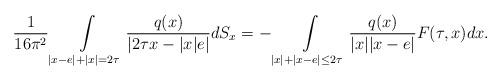
LaTeX: \begin{align*}\begin{aligned}\frac{1}{16\pi^{2}}\int\limits_{|x-e|+|x|=2\tau}\frac{q(x)}{|2\tau x-|x|e| }dS_{x}=-\int\limits_{|x|+|x-e|\leq 2\tau}\frac{q(x)}{|x||x-e|}F(\tau,x)dx.\end{aligned}\end{align*}